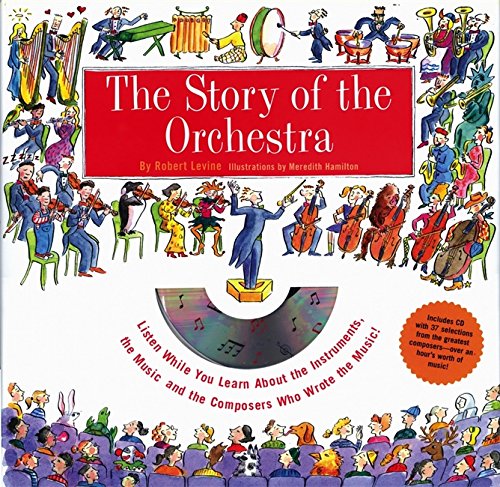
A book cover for Story of the Orchestra : Listen While You Learn About the Instruments, the Music and the Composers Who Wrote the Music!; Robert Levine; Humor & Entertainment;